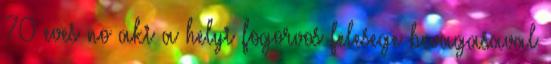
70 eves no aki a helyi fogorvos felesege bevagasaval